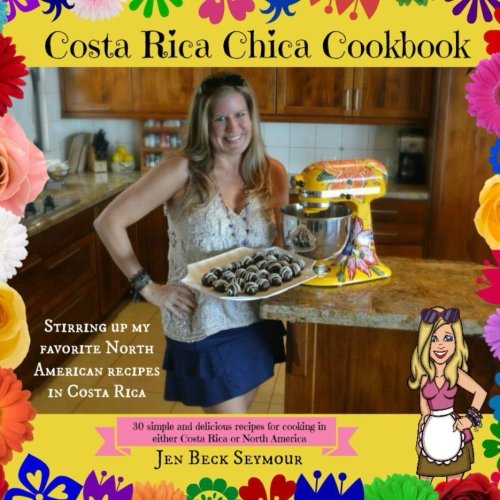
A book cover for Costa Rica Chica Cookbook: Stirring Up My Favorite North American Recipes In Costa Rica; Jen Beck Seymour; Cookbooks, Food & Wine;